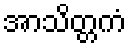
အာသိတ္တကံ